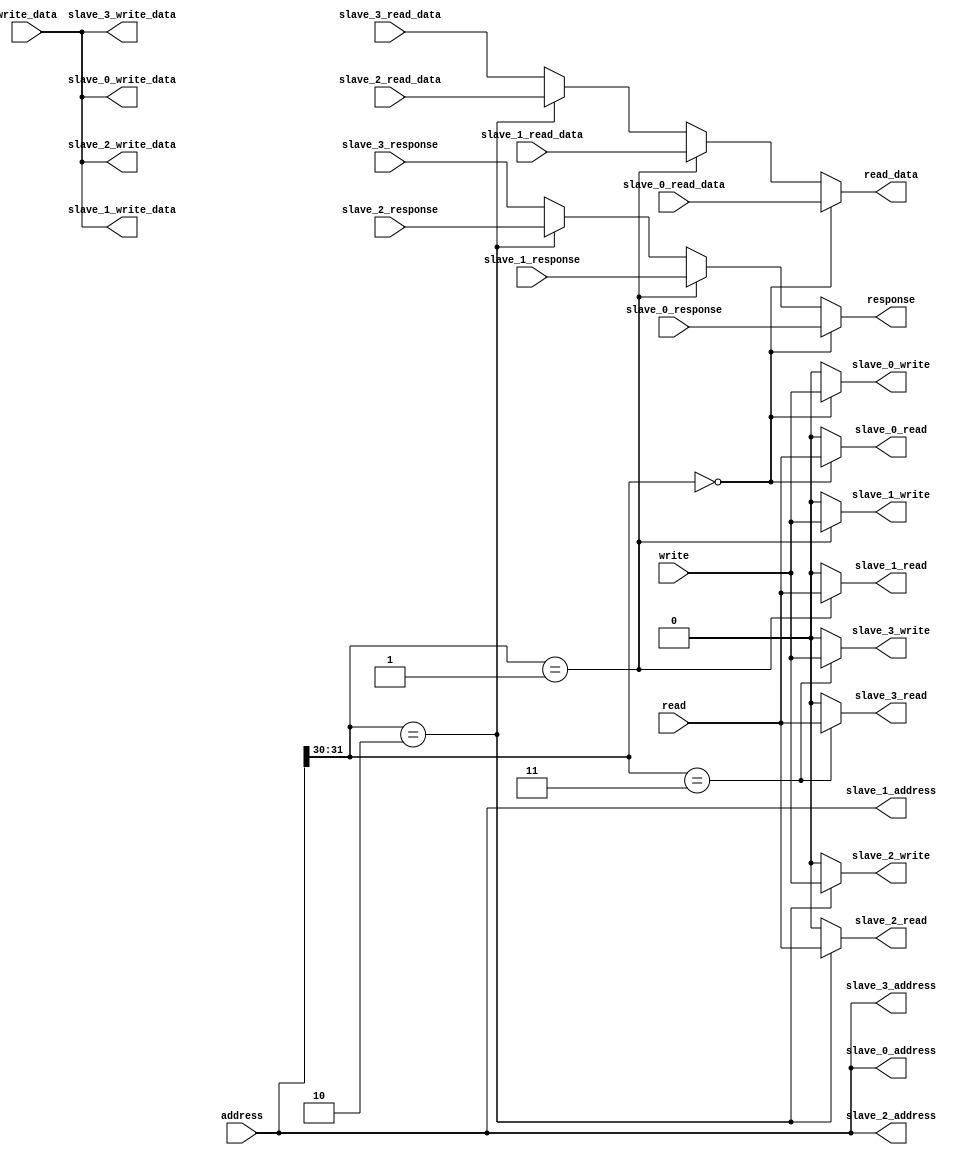
module BUS (
    // master connection
    input wire read,
    input wire write,
    input wire [31:0] address,
    input wire [31:0] write_data,
    output wire [31:0] read_data,
    output wire response,

    // slave 0 signal
    output wire slave_0_read,
    output wire slave_0_write,
    input wire [31:0] slave_0_read_data,
    output wire [31:0] slave_0_address,
    output wire [31:0] slave_0_write_data,
    input wire slave_0_response,

    // slave 1 signal
    output wire slave_1_read,
    output wire slave_1_write,
    input wire [31:0] slave_1_read_data,
    output wire [31:0] slave_1_address,
    output wire [31:0] slave_1_write_data,
    input wire slave_1_response,

    // slave 2 signal
    output wire slave_2_read,
    output wire slave_2_write,
    input wire [31:0] slave_2_read_data,
    output wire [31:0] slave_2_address,
    output wire [31:0] slave_2_write_data,
    input wire slave_2_response,

    // slave 3 signal
    output wire slave_3_read,
    output wire slave_3_write,
    input wire [31:0] slave_3_read_data,
    output wire [31:0] slave_3_address,
    output wire [31:0] slave_3_write_data,
    input wire slave_3_response
);

localparam DEVICE0 = 3'd0; // 00
localparam DEVICE1 = 3'd1; // 01
localparam DEVICE2 = 3'd2; // 10
localparam DEVICE3 = 3'd3; // 11

assign slave_0_read = (address[31:30] == 2'b00) ? read : 1'b0;
assign slave_0_write = (address[31:30] == 2'b00) ? write : 1'b0;
assign slave_0_write_data = write_data;
assign slave_0_address = address;

assign slave_1_read = (address[31:30] == 2'b01) ? read : 1'b0;
assign slave_1_write = (address[31:30] == 2'b01) ? write : 1'b0;
assign slave_1_write_data = write_data;
assign slave_1_address = address;

assign slave_2_read = (address[31:30] == 2'b10) ? read : 1'b0;
assign slave_2_write = (address[31:30] == 2'b10) ? write : 1'b0;
assign slave_2_write_data = write_data;
assign slave_2_address = address;

assign slave_3_read = (address[31:30] == 2'b11) ? read : 1'b0;
assign slave_3_write = (address[31:30] == 2'b11) ? write : 1'b0;
assign slave_3_write_data = write_data;
assign slave_3_address = address;

assign read_data = (address[31:30] == 2'b00) ? slave_0_read_data :
    (address[31:30] == 2'b01) ? slave_1_read_data : (address[31:30] == 2'b10) ?
    slave_2_read_data : slave_3_read_data;

assign response = (address[31:30] == 2'b00) ? slave_0_response :
    (address[31:30] == 2'b01) ? slave_1_response : (address[31:30] == 2'b10) ?
    slave_2_response : slave_3_response;

endmodule